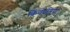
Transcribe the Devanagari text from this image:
किंवदंतिया